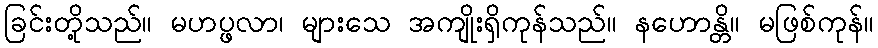
ခြင်းတို့သည်။ မဟပ္ဖလာ၊ များသေ အကျိုးရှိကုန်သည်။ နဟောန္တိ။ မဖြစ်ကုန်။